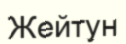
Жейтун